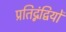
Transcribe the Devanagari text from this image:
प्रतिद्नंद्वियों